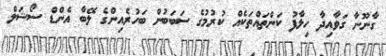
ގާނޫނާ ގަވާއިދާ ހިލާފު ކަންތައްތަކެއް ކުރުމުގެ ސަބަބުން ބަހުރެއިންގެ ލޭބާ އެންޑް ސޯޝަލް